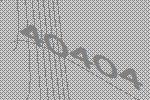
40404